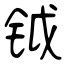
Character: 钺